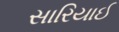
સારિયાઈ